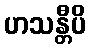
ဟသန္တီပိ